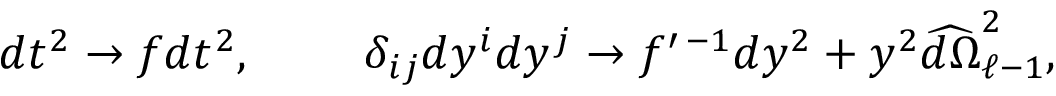
d t ^ { 2 } \to f d t ^ { 2 } , \ \ \ \ \ \ \ \delta _ { i j } d y ^ { i } d y ^ { j } \to f ^ { \prime \, - 1 } d y ^ { 2 } + y ^ { 2 } \widehat { d \Omega } _ { \ell - 1 } ^ { 2 } ,